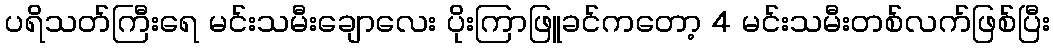
ပရိသတ်ကြီးရေ မင်းသမီးချောလေး ပိုးကြာဖြူခင်ကတော့ 4 မင်းသမီးတစ်လက်ဖြစ်ပြီး